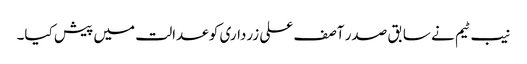
نیب ٹیم نے سابق صدر آصف علی زرداری کو عدالت میں پیش کیا۔